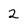
Character: 2